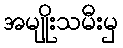
အမျိုးသမီးမှ